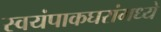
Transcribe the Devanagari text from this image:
स्वयंपाकघरांमध्ये